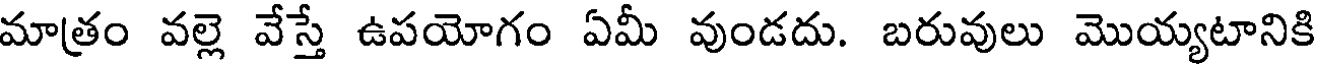
మాత్రం వల్లె వేస్తే ఉపయోగం ఏమీ వుండదు. బరువులు మొయ్యటానికి